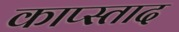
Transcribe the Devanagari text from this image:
काप्स्ताद